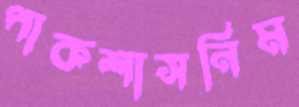
পাকশাসনিম